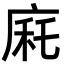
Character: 㢉